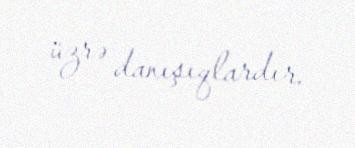
üzrə danışıqlardır.